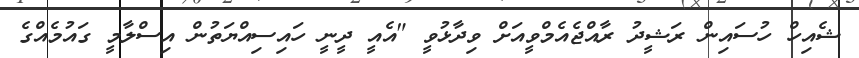
ޝެއިހް ހުސައިން ރަޝީދު ރާއްޖެއެމްވީއަށް ވިދާޅުވީ "އެއީ ދީނީ ހައިސިއްޔަތުން އިސްލާމީ ގައުމެއްގެ